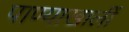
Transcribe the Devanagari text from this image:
पाण्याखालीं